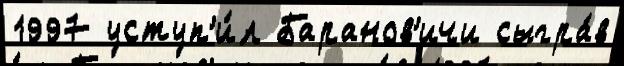
1997 уступ'и́л Баранов'ичи сыгра́в